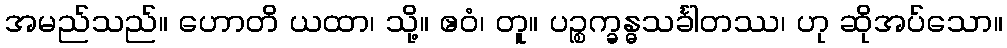
အမည်သည်။ ဟောတိ ယထာ၊ သို့။ ဧဝံ၊ တူ။ ပဉ္စက္ခန္ဓသင်္ခါတဿ၊ ဟု ဆိုအပ်သော။